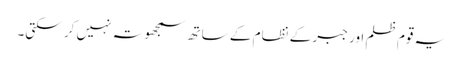
یہ قوم ظلم اور جبر کے نظام کے ساتھ سمجھوتہ نہیں کر سکتی۔